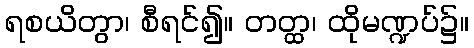
ရစယိတွာ၊ စီရင်၍။ တတ္ထ၊ ထိုမဏ္ဍပ်၌။